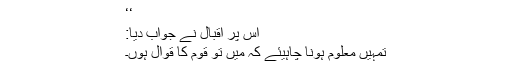
‘‘
اس پر اقبال نے جواب دیا:
تمہیں معلوم ہونا چاہیئے کہ میں تو قوم کا قوّال ہوں۔